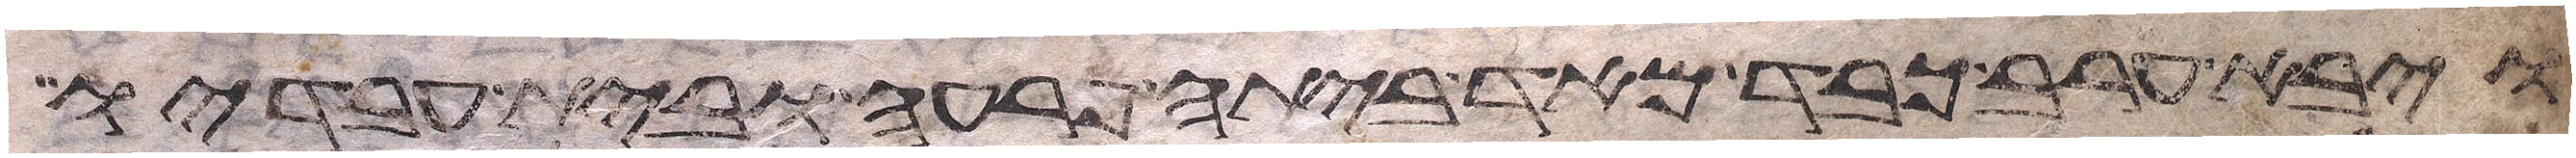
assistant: ויבא ערב כבד מאד ביתה פרעה ובית עבדיו